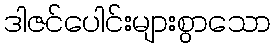
ဒါဇင်ပေါင်းများစွာသော